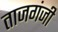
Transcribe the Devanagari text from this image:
ताजगंजी